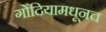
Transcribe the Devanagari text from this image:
गोंदियामधूनच